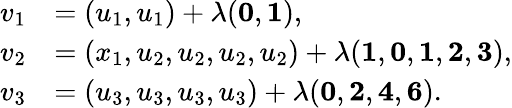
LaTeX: \begin{array}{rl}{v_{1}}&{=(u_{1},u_{1})+\lambda({\mathbf{0}},{\mathbf{1}}),}\\ {v_{2}}&{=(x_{1},u_{2},u_{2},u_{2},u_{2})+\lambda({\mathbf{1}},{\mathbf{0}},{\mathbf{1}},{\mathbf{2}},\mathbf{3}),}\\ {v_{3}}&{=(u_{3},u_{3},u_{3},u_{3})+\lambda({\mathbf{0}},{\mathbf{2}},{\mathbf{4}},\mathbf{6}).}\end{array}